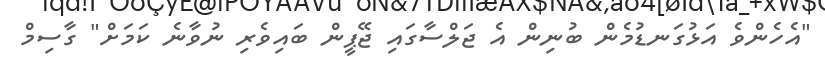
"އެހެންވެ އަޅުގަނޑުމެން ބުނިން އެ ޖަލްސާގައި ޖޭޕީން ބައިވެރި ނުވާނެ ކަމަށް" ގާސިމް